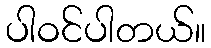
ပါဝင်ပါတယ်။